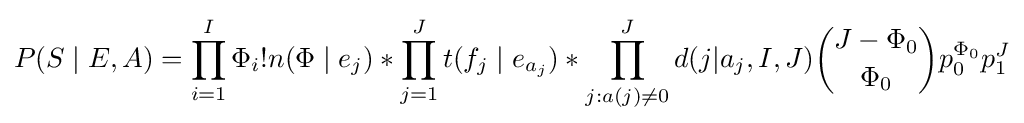
P(S\mid E,A)=\prod _{i=1}^{I}\Phi _{i}!n(\Phi \mid e_{j})*\prod _{j=1}^{J}t(f_{j}\mid e_{a_{j}})*\prod _{j:a(j)\neq 0}^{J}d(j|a_{j},I,J){\binom {J-\Phi _{0}}{\Phi _{0}}}p_{0}^{\Phi _{0}}p_{1}^{J}